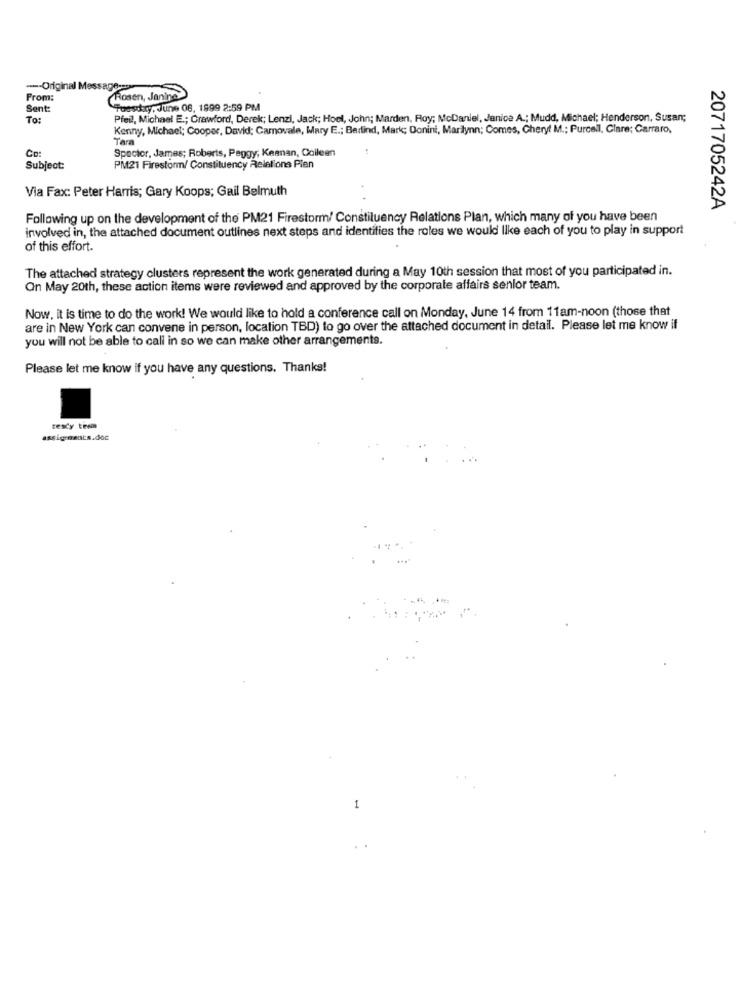
---- Original Message-
From:
Rosen, Janine
Sent:
Tuesday, June 08, 1999 2:59 PM
To:
Pfeil, Michael E .; Crawford, Derek; Lenzi, Jack; Hoel, John; Marden, Roy; McDaniel, Janice A .; Mudd, Michael; Henderson, Susan;
Kenny, Michael; Cooper, David; Carnovale, Mary E .; Bertind, Mark; Donini, Marilynn; Comes, Cheryl M .; Purcell, Clare; Carraro,
Tara
Co:
Spector, James; Roberts, Peggy; Keenan, Colleen
Subject:
PM21 Firestorm/ Constituency Relations Plan
Via Fax: Peter Harris; Gary Koops; Gail Belmuth
2071705242A
Following up on the development of the PM21 Firestorm/ Constituency Relations Plan, which many of you have been
involved in, the attached document outlines next steps and identifies the roles we would like each of you to play in support
of this effort.
The attached strategy clusters represent the work generated during a May 10th session that most of you participated in.
On May 20th, these action items were reviewed and approved by the corporate affairs senior team.
Now, it is time to do the work! We would like to hold a conference call on Monday, June 14 from 11am-noon (those that
are in New York can convene in person, location TBD) to go over the attached document in detail. Please let me know if
you will not be able to call in so we can make other arrangements.
Please let me know if you have any questions. Thanks!
texty tera
1